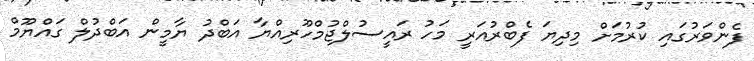
ފެންވަރުގައި ކުރުމަށް މިދިޔަ ފެބްރުއަރީ މަހު ރައީސުލްޖުމްހޫރިއްޔާ އަބްދު ޔާމީން އަބްދުލް ގައްޔޫމް